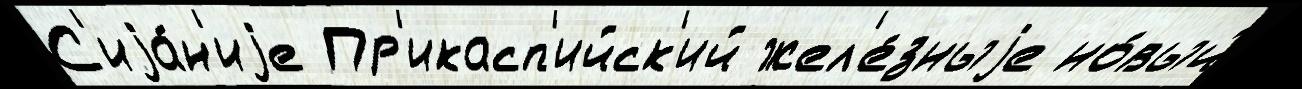
С'иjа́н'иjе Пр'икасп'ийск'ий жел'е́зныjе но́вый